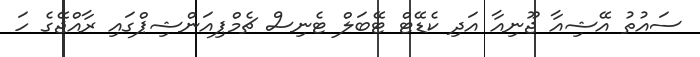
ސައުތު އޭޝިއާ ޖޫނިއާ އަދި ކެޑޭޓް ޓޭބަލް ޓެނިސް ޗެމްޕިއަންޝިޕްގައި ރާއްޖޭގެ ހަ